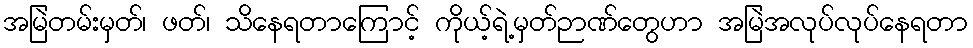
အမြဲတမ်းမှတ်၊ ဖတ်၊ သိနေရတာကြောင့် ကိုယ့်ရဲ့မှတ်ဉာဏ်တွေဟာ အမြဲအလုပ်လုပ်နေရတာ